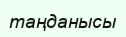
таңданысы